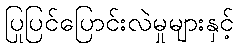
ပြုပြင်ပြောင်းလဲမှုများနှင့်